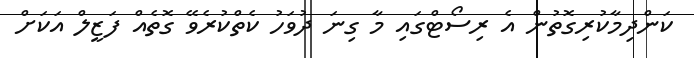
ކަންދިމާކުރިގޮތުން އެ ރިސޯޓްގައި މާ ގިނަ ދުވަހު ކެތްކުރެވޭ ގޮތެއް ފަޒީލް އަކަށް